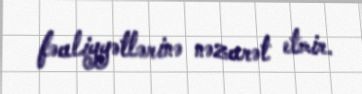
fəaliyyətlərinə nəzarət etmir.